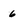
Character: 6